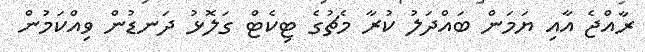
ރާއްޖެ އާއި ޔަމަން ބައްދަލު ކުރާ މެޗުގެ ޓިކެޓް ގަލޮޅު ދަނޑުން ވިއްކަމުން